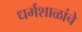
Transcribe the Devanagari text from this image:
धर्मशाळांचे